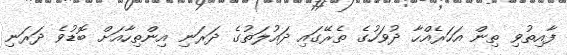
ފާއިތުވި ތިން އަހަރެއްހާ ދުވަހުގެ ތެރޭގައި ދައުލަތުގެ ދަރަނި އިންތިހާއަށް ބޮޑުވެ ދަރަނި